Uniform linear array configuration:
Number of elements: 24
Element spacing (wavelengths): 0.75
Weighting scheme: blackman
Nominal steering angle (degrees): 45
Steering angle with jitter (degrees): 46.157
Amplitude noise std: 0.05
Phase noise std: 0.05

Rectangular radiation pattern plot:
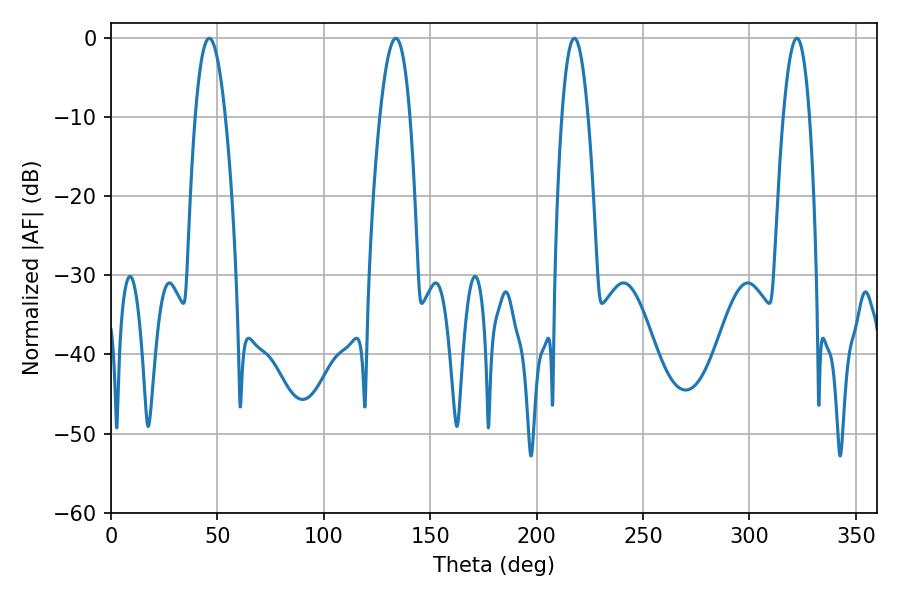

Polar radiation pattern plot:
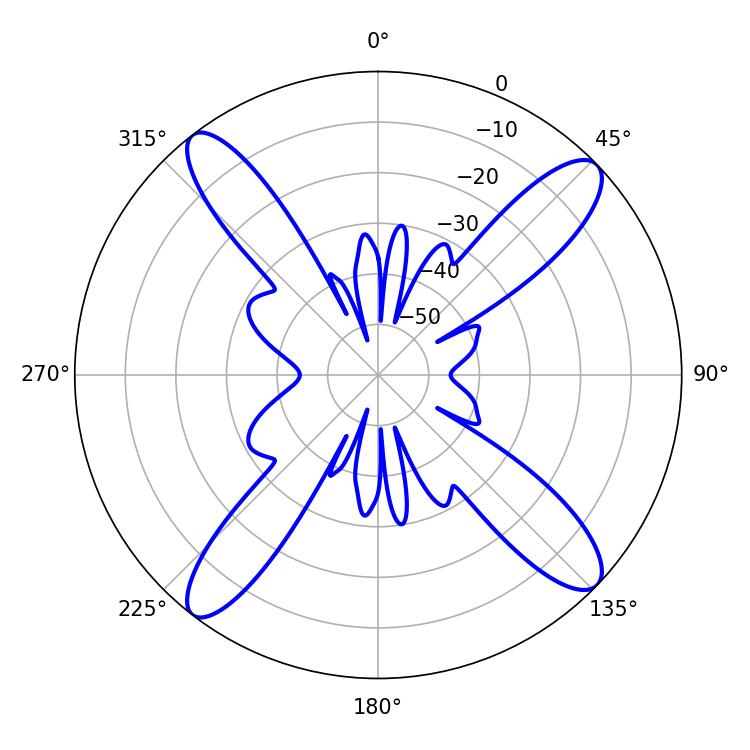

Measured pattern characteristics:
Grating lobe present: TRUE
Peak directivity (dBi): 15.617
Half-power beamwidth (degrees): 6.84
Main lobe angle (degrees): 217.8